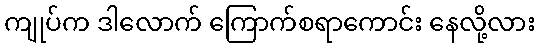
ကျုပ်က ဒါလောက် ကြောက်စရာကောင်း နေလို့လား